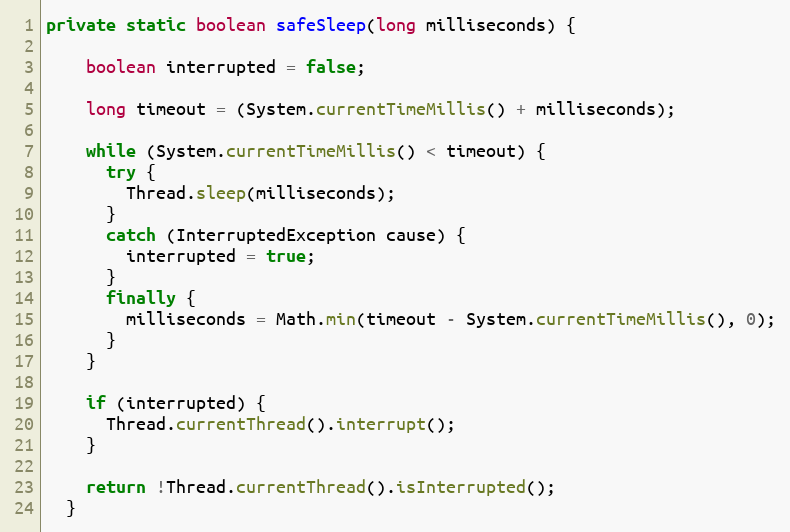
Language: Java
private static boolean safeSleep(long milliseconds) {

    boolean interrupted = false;

    long timeout = (System.currentTimeMillis() + milliseconds);

    while (System.currentTimeMillis() < timeout) {
      try {
        Thread.sleep(milliseconds);
      }
      catch (InterruptedException cause) {
        interrupted = true;
      }
      finally {
        milliseconds = Math.min(timeout - System.currentTimeMillis(), 0);
      }
    }

    if (interrupted) {
      Thread.currentThread().interrupt();
    }

    return !Thread.currentThread().isInterrupted();
  }